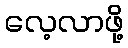
လေ့လာဖို့